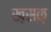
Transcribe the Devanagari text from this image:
ख़सक़